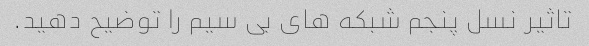
تاثیر نسل پنجم شبکه های بی سیم را توضیح دهید.